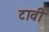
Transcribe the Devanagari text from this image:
टावी